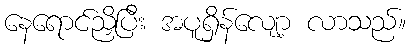
နေရောင်ညှိပြီး အပူရှိန်လျော့ လာသည်။